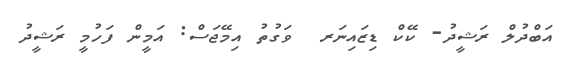
އަބްދުލް ރަޝީދު- ކޭކް ޑިޒައިނަރ  ވަގުތު އިމޭޖަސް: އަމީން ފަހުމީ ރަޝީދު